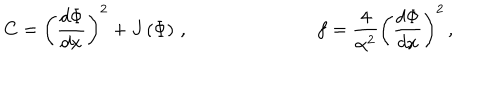
C = \left( \frac { d \Phi } { d x } \right) ^ { 2 } + J \left( \Phi \right) \, , \ \ \, \ f = \frac { 4 } { \alpha ^ { 2 } } \left( \frac { d \Phi } { d x } \right) ^ { 2 } \, ,